Mental hospitals Bombay report 1921-28 - 1921-1928
Year: 1921
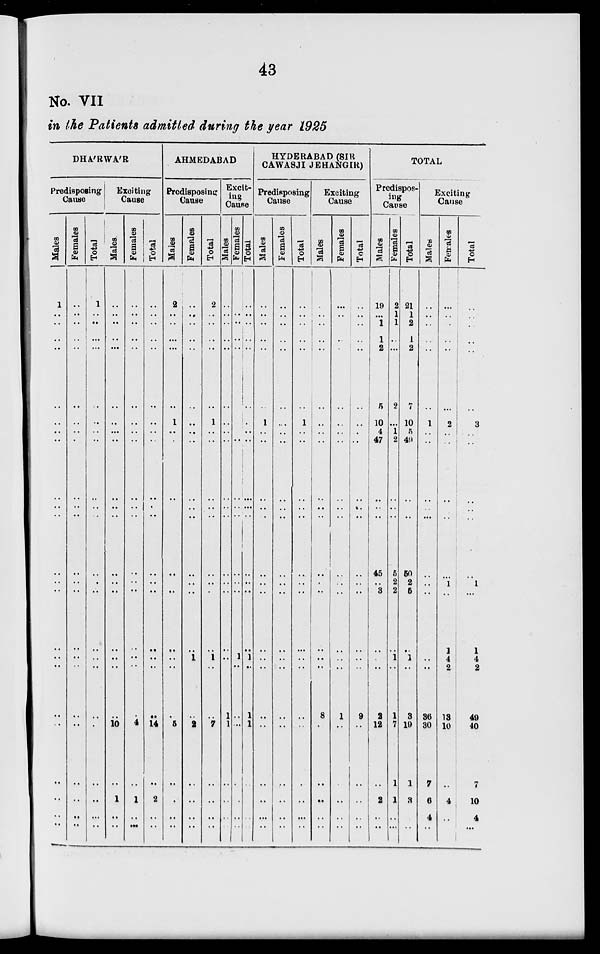
43
No. VII
in the Patients admitted during the year 1925
DHA'RWA'R
Predisposing
Cause
Males
1
..
..
..
..
..
..
..
..
..
..
..
..
..
..
..
..
..
..
..
..
..
..
..
Females
..
..
..
..
..
..
..
..
..
..
..
..
..
..
..
..
..
..
..
..
..
..
..
..
Total
1
..
..
..
..
..
..
..
..
..
..
..
..
..
..
..
..
..
..
..
..
..
..
..
Exciting
Cause
Males
..
..
..
..
..
..
..
..
..
..
..
..
..
..
..
..
..
..
..
10
..
1
..
..
Females
..
..
..
..
..
..
..
..
..
..
..
..
..
..
..
..
..
..
..
4
..
1
..
..
Total
..
..
..
..
..
..
..
..
..
..
..
..
..
..
..
..
..
..
..
14
..
2
..
..
AHMEDABAD
Predisposing
Cause
Males
2
..
..
..
..
..
1
..
..
..
..
..
..
..
..
..
..
..
..
5
..
..
..
..
Females
..
..
..
..
..
..
..
..
..
..
..
..
..
..
..
..
1
..
..
2
..
..
..
..
Total
2
..
..
..
..
..
1
..
..
..
..
..
..
..
..
..
1
..
..
7
..
..
..
..
Excit-
ing
Cause
Males
..
..
..
..
..
..
..
..
..
..
..
..
..
..
..
..
..
..
1
1
..
..
..
..
Females
..
..
..
..
..
..
..
..
..
..
..
..
..
..
..
..
1
..
..
..
..
..
..
..
Total
..
..
..
..
..
..
..
..
..
..
..
..
..
..
..
..
1
..
1
1
..
..
..
..
HYDERABAD (SIR
CAWASJI JEHANGIR)
Predisposing
Cause
Males
..
..
..
..
..
..
1
..
..
..
..
..
..
..
..
..
..
..
..
..
..
..
..
..
Females
..
..
..
..
..
..
..
..
..
..
..
..
..
..
..
..
..
..
..
..
..
..
..
..
Total
..
..
..
..
..
..
1
..
..
..
..
..
..
..
..
..
..
..
..
..
..
..
..
..
Exciting
Cause
Males
..
..
..
..
..
..
..
..
..
..
..
..
..
..
..
..
..
..
8
..
..
..
..
..
Females
..
..
..
..
..
..
..
..
..
..
..
..
..
..
..
..
..
..
1
..
..
..
..
..
Total
..
..
..
..
..
..
..
..
..
..
..
..
..
..
..
..
..
..
9
..
..
..
..
..
TOTAL
Predispos-
ing
Cause
Males
19
..
1
1
2
5
10
4
47
..
..
..
45
..
3
..
..
..
2
12
..
2
..
..
Females
2
1
1
..
..
2
..
1
2
..
..
..
5
2
2
..
1
..
1
7
1
1
..
..
Total
21
1
2
1
2
7
10
5
49
..
..
..
50
2
5
..
1
..
3
19
1
3
..
..
Exciting
Cause
Males
..
..
..
..
..
..
1
..
..
..
..
..
..
..
..
..
..
..
36
30
7
6
4
..
Females
..
..
..
..
..
..
2
..
..
..
..
..
..
1
..
1
4
2
13
10
..
4
..
..
Total
..
..
..
..
..
..
3
..
..
..
..
..
..
1
..
1
4
2
49
40
7
10
4
..